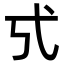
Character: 𢍻